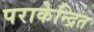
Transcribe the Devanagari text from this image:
पराकेन्द्रित